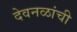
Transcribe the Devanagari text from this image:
देवनळांची